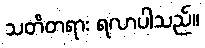
သတိတရား ရလာပါသည်။